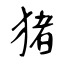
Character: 猪